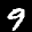
Label: 9